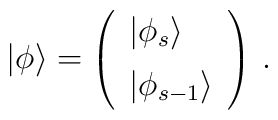
|\phi\rangle=\left(\begin{array}{l}|\phi_s\rangle\\[5pt]|\phi_{s-1}\rangle\end{array}\right)\,.